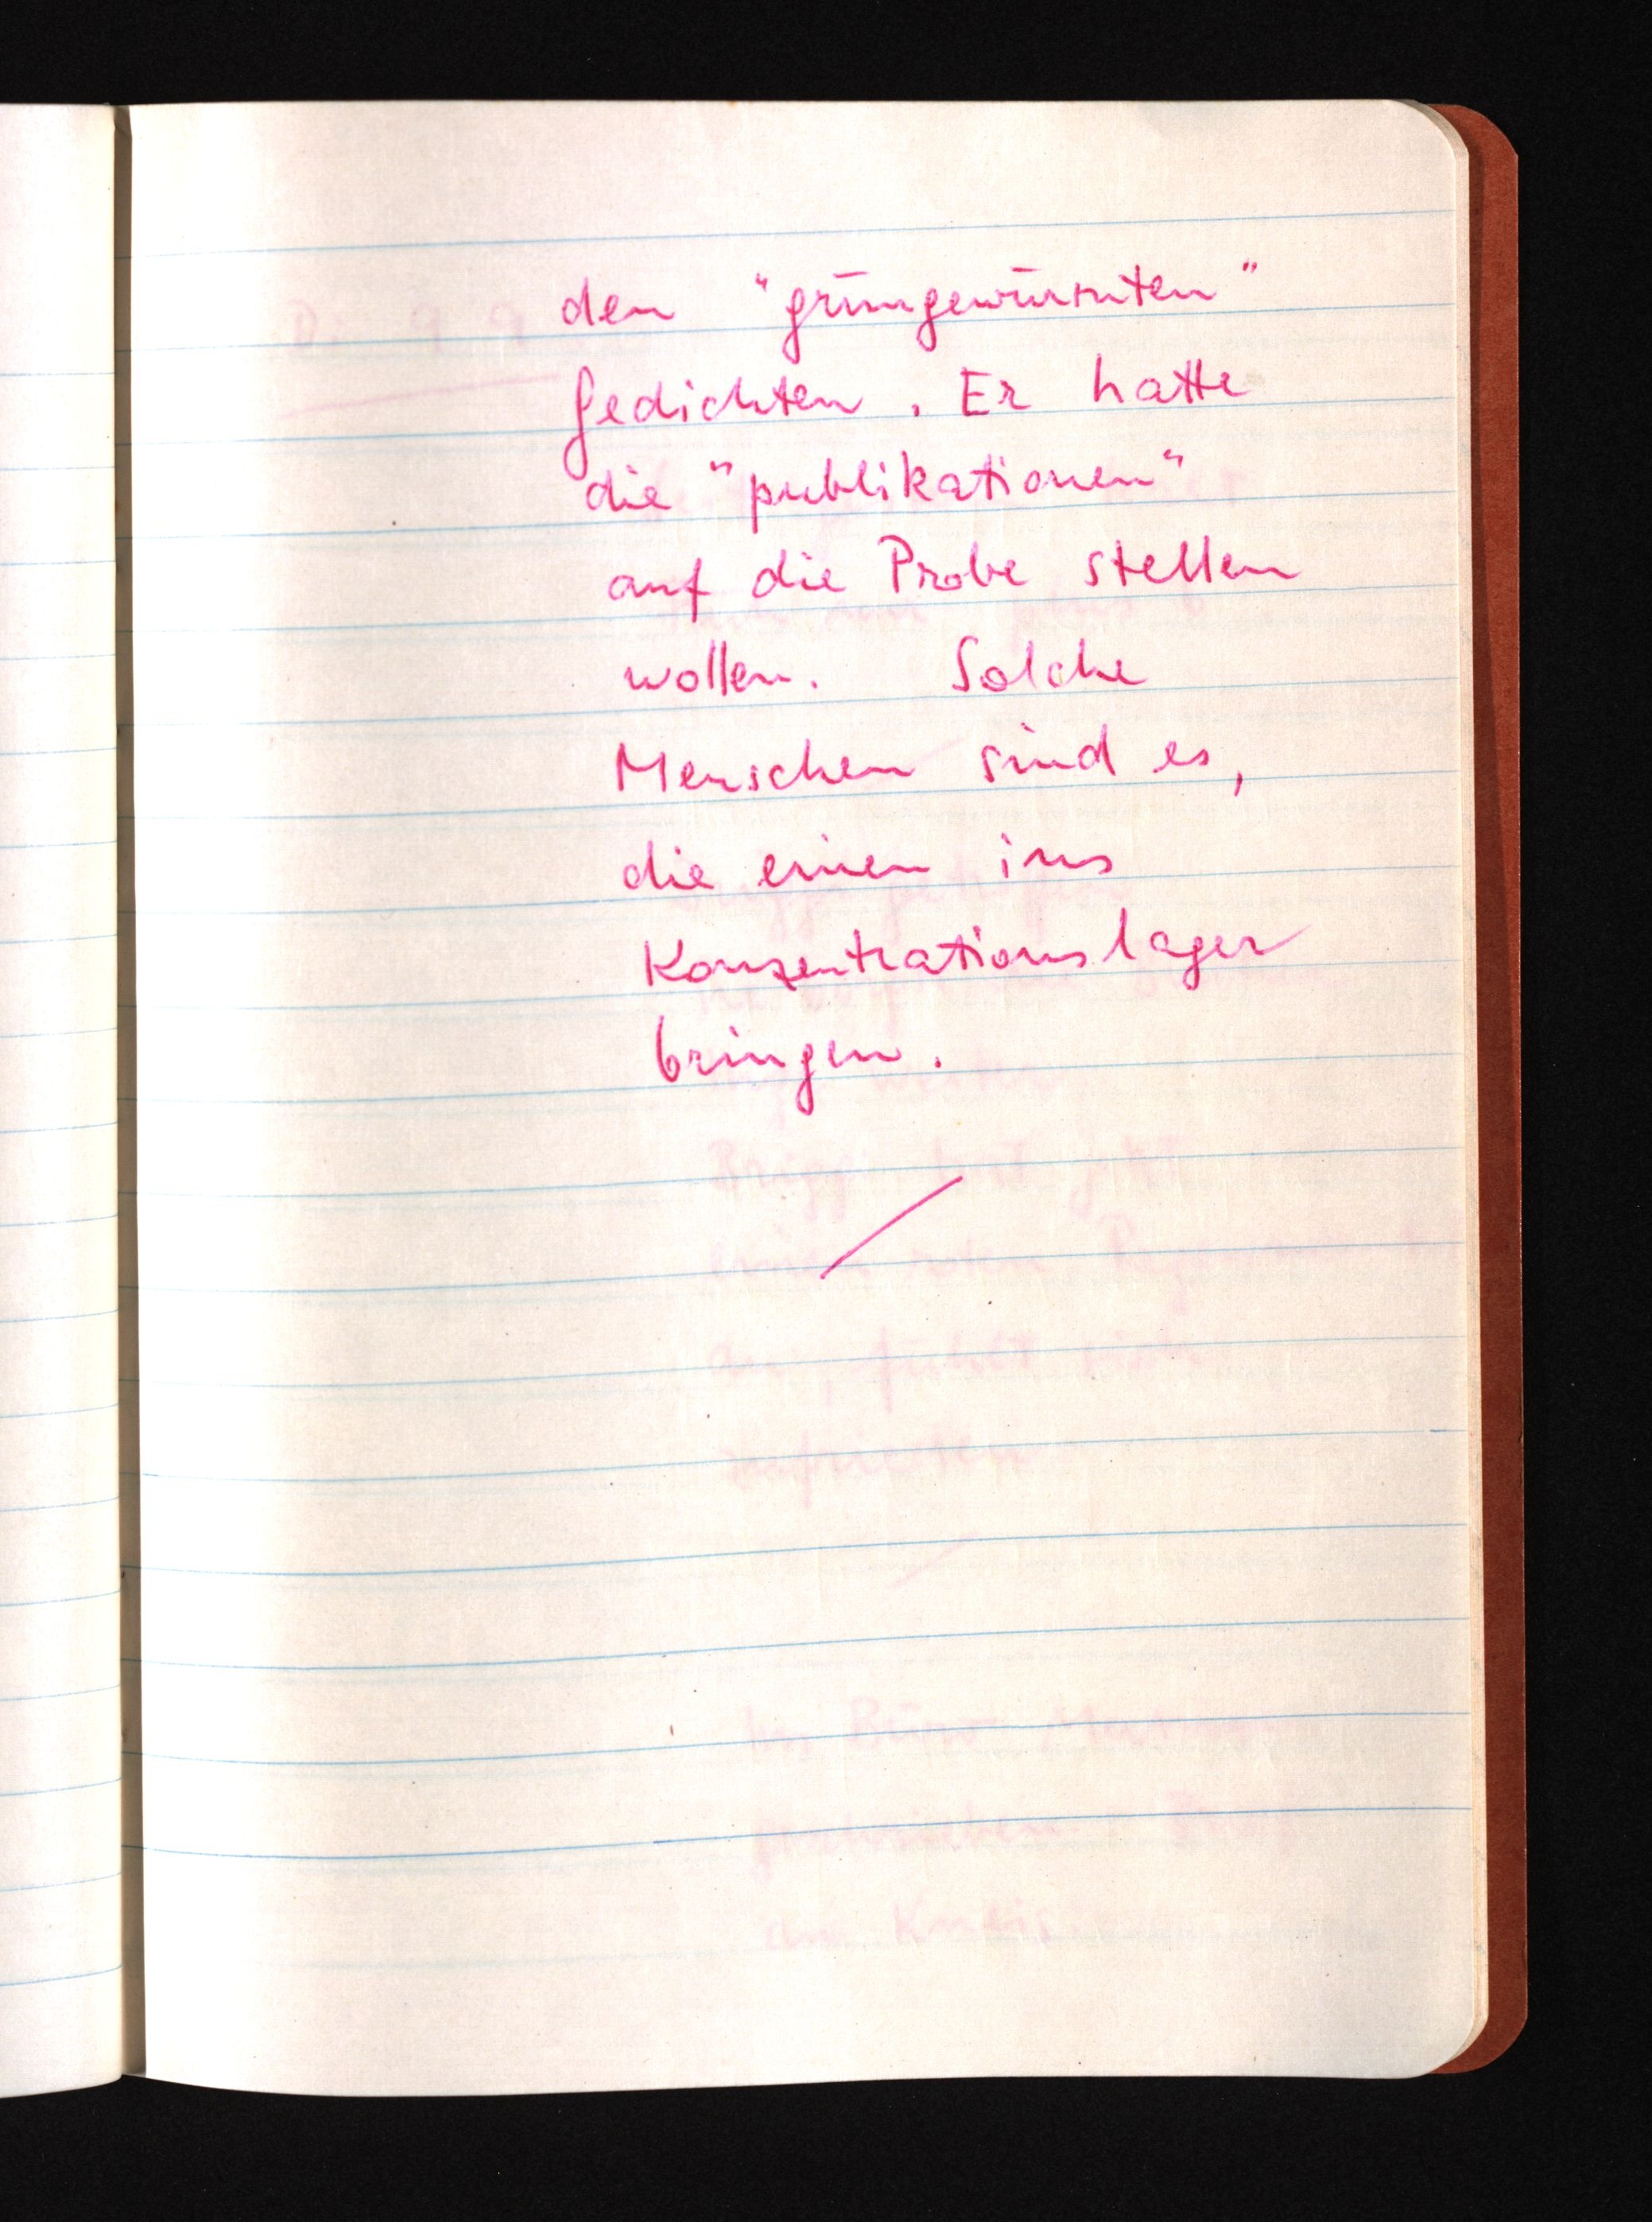
den "grüngewürmten"
Gedichten. Er hatte
die "publikationen"
auf die Probe stellen
wollen. Solche
Menschen sind es,
die einen ins
Konzentrationslager
bringen.